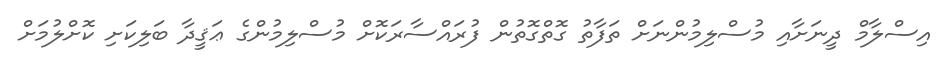
އިސްލާމް ދީނަށާއި މުސްލިމުންނަށް ތަފާތު ގޮތްގޮތުން ފުރައްސާރަކޮށް މުސްލިމުންގެ ޢަޤީދާ ބަލިކަށި ކޮށްލުމަށް